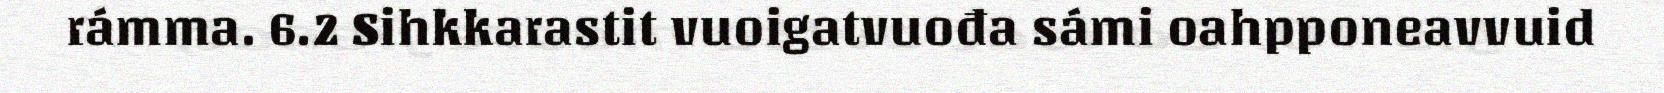
rámma. 6.2 Sihkkarastit vuoigatvuođa sámi oahpponeavvuid